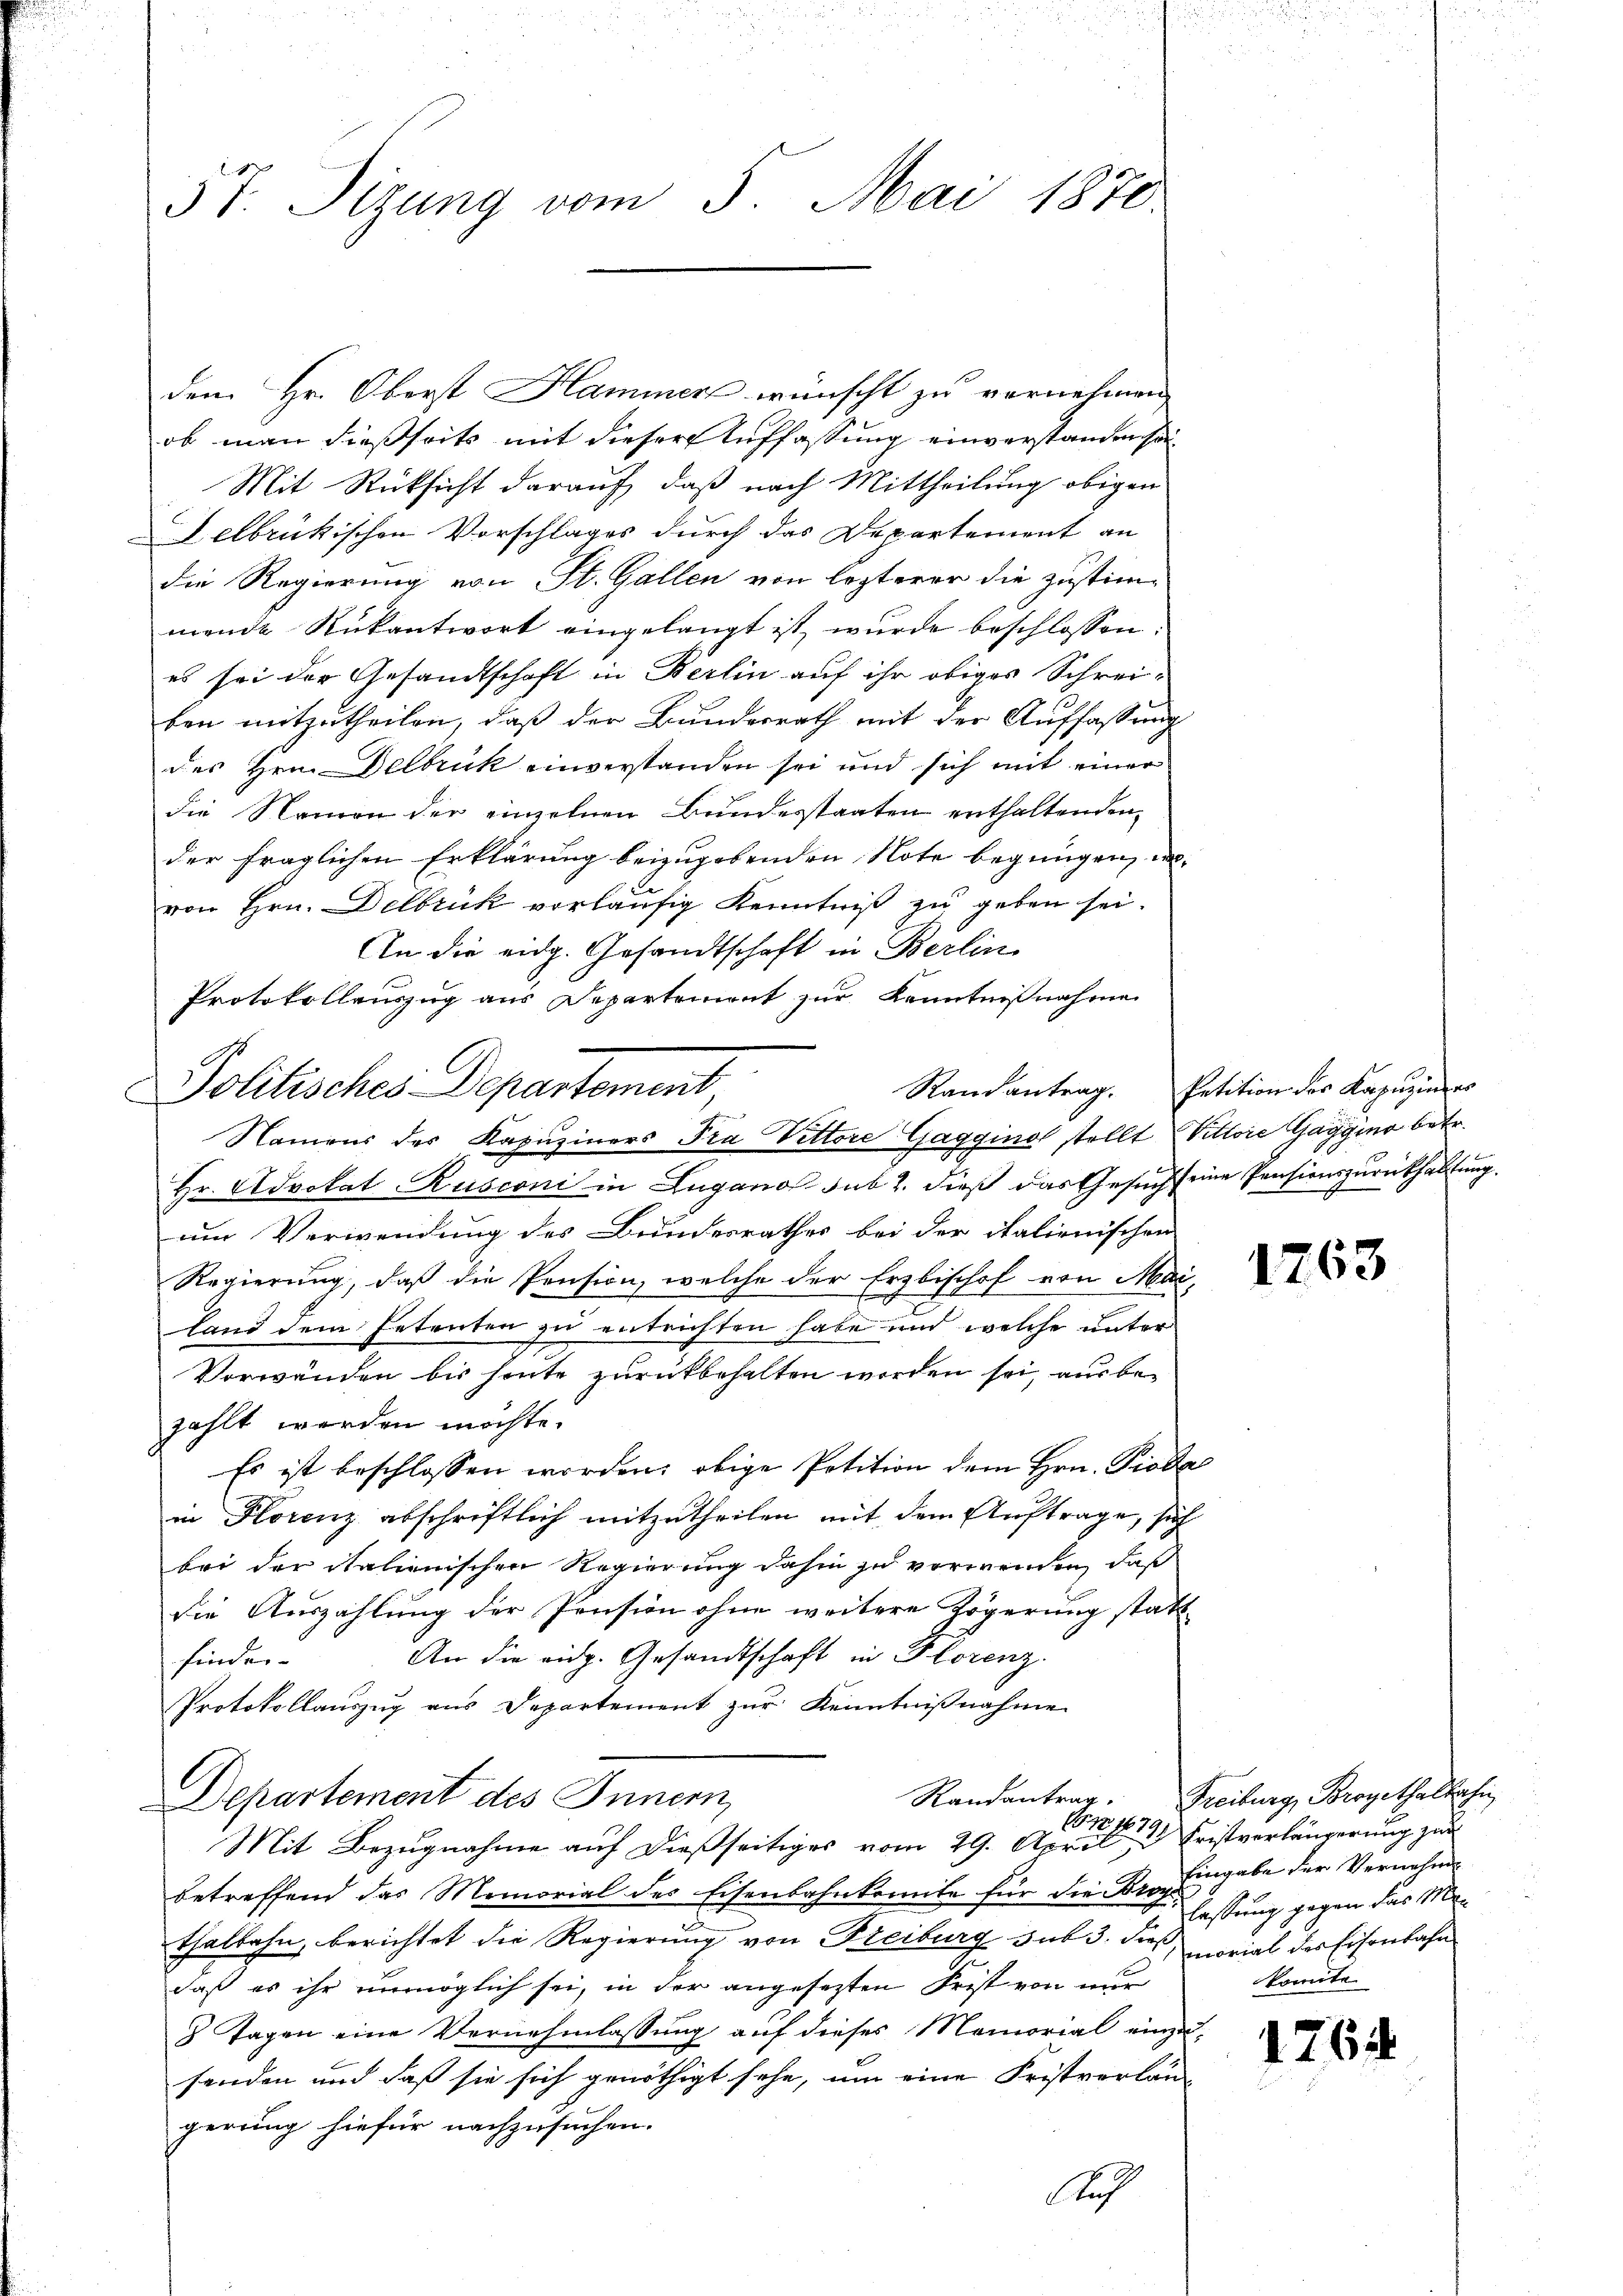
57. Sizung vom 5. Mai 1870.

dem Hr. Oberst Hammer wünscht zu vernehmen,
ob man dießseits mit dieser Auffassung einverstandensa¬
Mit Rücksicht darauf, daß nach Mittheilung obigen
elbrückischen Vorschlages durch das Departement an
die Regierung von St. Gallen von lezterer die Zustimmende Rükantwort eingelangt ist, wurde beschlossen
es sei der Gesandtschaft in Berlin auf ihr obiges Schreiben mitzutheilen, daß der Bundesrath mit der Auffassung
des Hrn. Delbrück einverstanden sei und sich mit einer
die Namen der einzelnen Bundesstaaten enthaltenden
der fraglichen Erklärung beizugebenden Note begnügen, u.
von Hrn. Delbrück vorläufig Kenntniß zu geben sei.
An die eidg. Gesandtschaft in Berlin
Hr. Advokat Rusconi in Lugano sub 2. dieß das Gesuch seine Pensionszurückhaltung.
um Verwendung des Bundesrathes bei der italienischen
Regierung, daß die Pension, welche der Erzbischof von Marland dem Petenten zu entrichten habe und welche unter
Vorwanden bis heute zurückbehalten worden sei, aus bezahlt werden möchte.
Es ist beschlossen worden; obige Petition dem Hrn. Pioda
in Horenz abschriftlich mitzutheilen mit dem Auftrage, sich
bei der italienischen Regierung dahin zu verwenden, daß
die Auszahlung der Pension ohne weitere Zögerung statt
An die eidg. Gesandtschaft in Florenz.
finder-
Protokollauszug aus Departement zur Kenntnißnahme
Randantrag.
Departement des Innern,
Mit Bezugnahme auf dießseitiges vom 29. April,
betreffend das Memorial des Eisenbahnkomite für die Kro. Eingabe der Vernehm
thalbahn, berichtet die Regierung von Freiburg sub 3. dieß, morial der Eisenbahn
daß es ihr unmöglich sei, in der angesezten Frist von nur
8 Tagen eine Vernehmlassung auf dieses Memorial einzusenden und daß sie sich genöthigt sehe, um eine Fristverlan-
gerung hiefür nachzusuchen.
Auf

Protokollauszug aus Departement zur Kenntnißnahme
M.
Politisches Departement
Namens der Kapuziners Pra Vittore Gaggino stellt Vittore Gaggino betr.

Randantrag. Petition des Kapuzinges

1763

Freiburg, Brogethalbesi
672. 1872 Fristverlängerung zur
lassung gegen das Mokonnte

1764